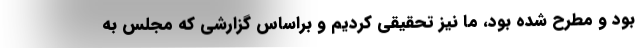
بود و مطرح شده بود، ما نیز تحقیقی کردیم و براساس گزارشی که مجلس به